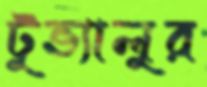
টুভ্যালুর